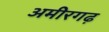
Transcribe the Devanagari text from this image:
अमीरगढ़